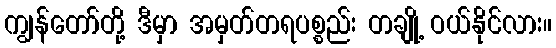
ကျွန်တော်တို့ ဒီမှာ အမှတ်တရပစ္စည်း တချို့ ဝယ်နိုင်လား။